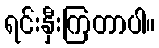
ရင်းနှီးကြတာပါ။